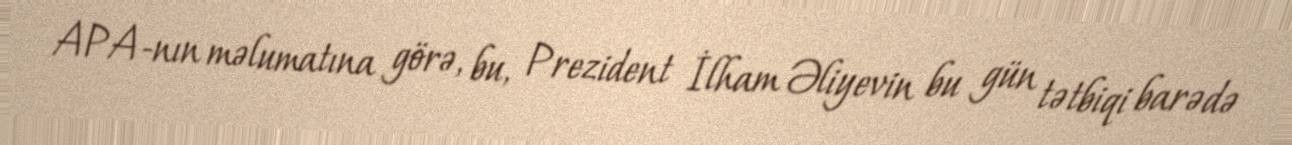
APA-nın məlumatına görə, bu, Prezident İlham Əliyevin bu gün tətbiqi barədə